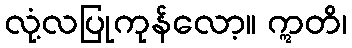
လုံ့လပြုကုန်လော့။ ဣတိ၊